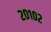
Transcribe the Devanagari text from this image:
२०१०२